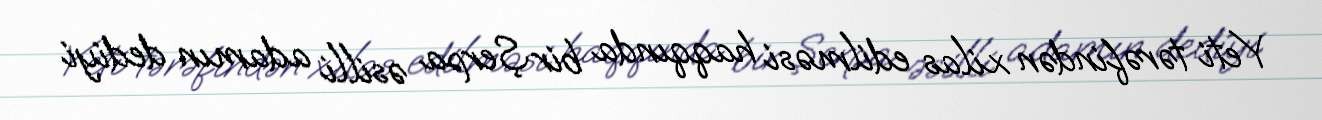
Yeti tərəfindən xilas edilməsi haqqında bir Şerpa əsilli adamın dediyi